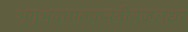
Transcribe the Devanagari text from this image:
भृगुभवचातकनवीनजलधर